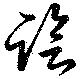
臨